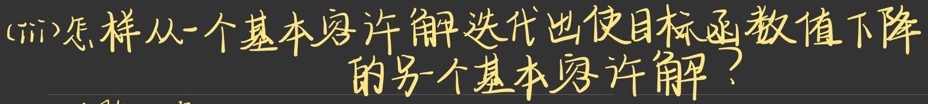
(iii)怎样从一个基本容许解迭代出使目标函数值下降的另一个基本容许解？